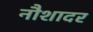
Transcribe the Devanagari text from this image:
नौशादर